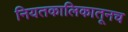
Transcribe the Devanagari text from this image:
नियतकालिकातूनच